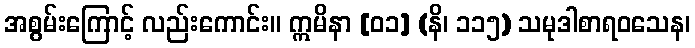
အစွမ်းကြောင့် လည်းကောင်း။ ဣမိနာ [၀၁] (နိ၊ ၁၁၅) သမုဒါစာရဝသေန၊